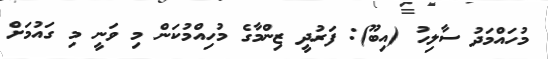
މުހައްމަދު ސާލިހު (އިބޫ): ފަރުދީ ޒިންމާގެ މުހިއްމުކަން މި ވަނީ މި ގައުމަށް